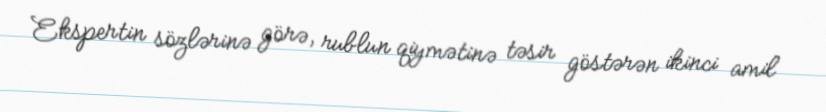
Ekspertin sözlərinə görə, rublun qiymətinə təsir göstərən ikinci amil